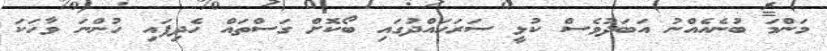
މަންމަ ބުނެއެއްނު އަބަދުވެސް ކުޅީ ސަރަހައްދުގައި ބޯކޮށް ގަސްތައް ހެދިފައި ހުންނަ ވާހަކަ